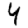
Digit: 4